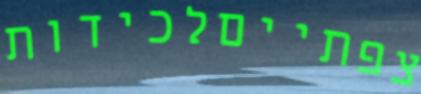
צפתייםלכידות